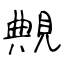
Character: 覥